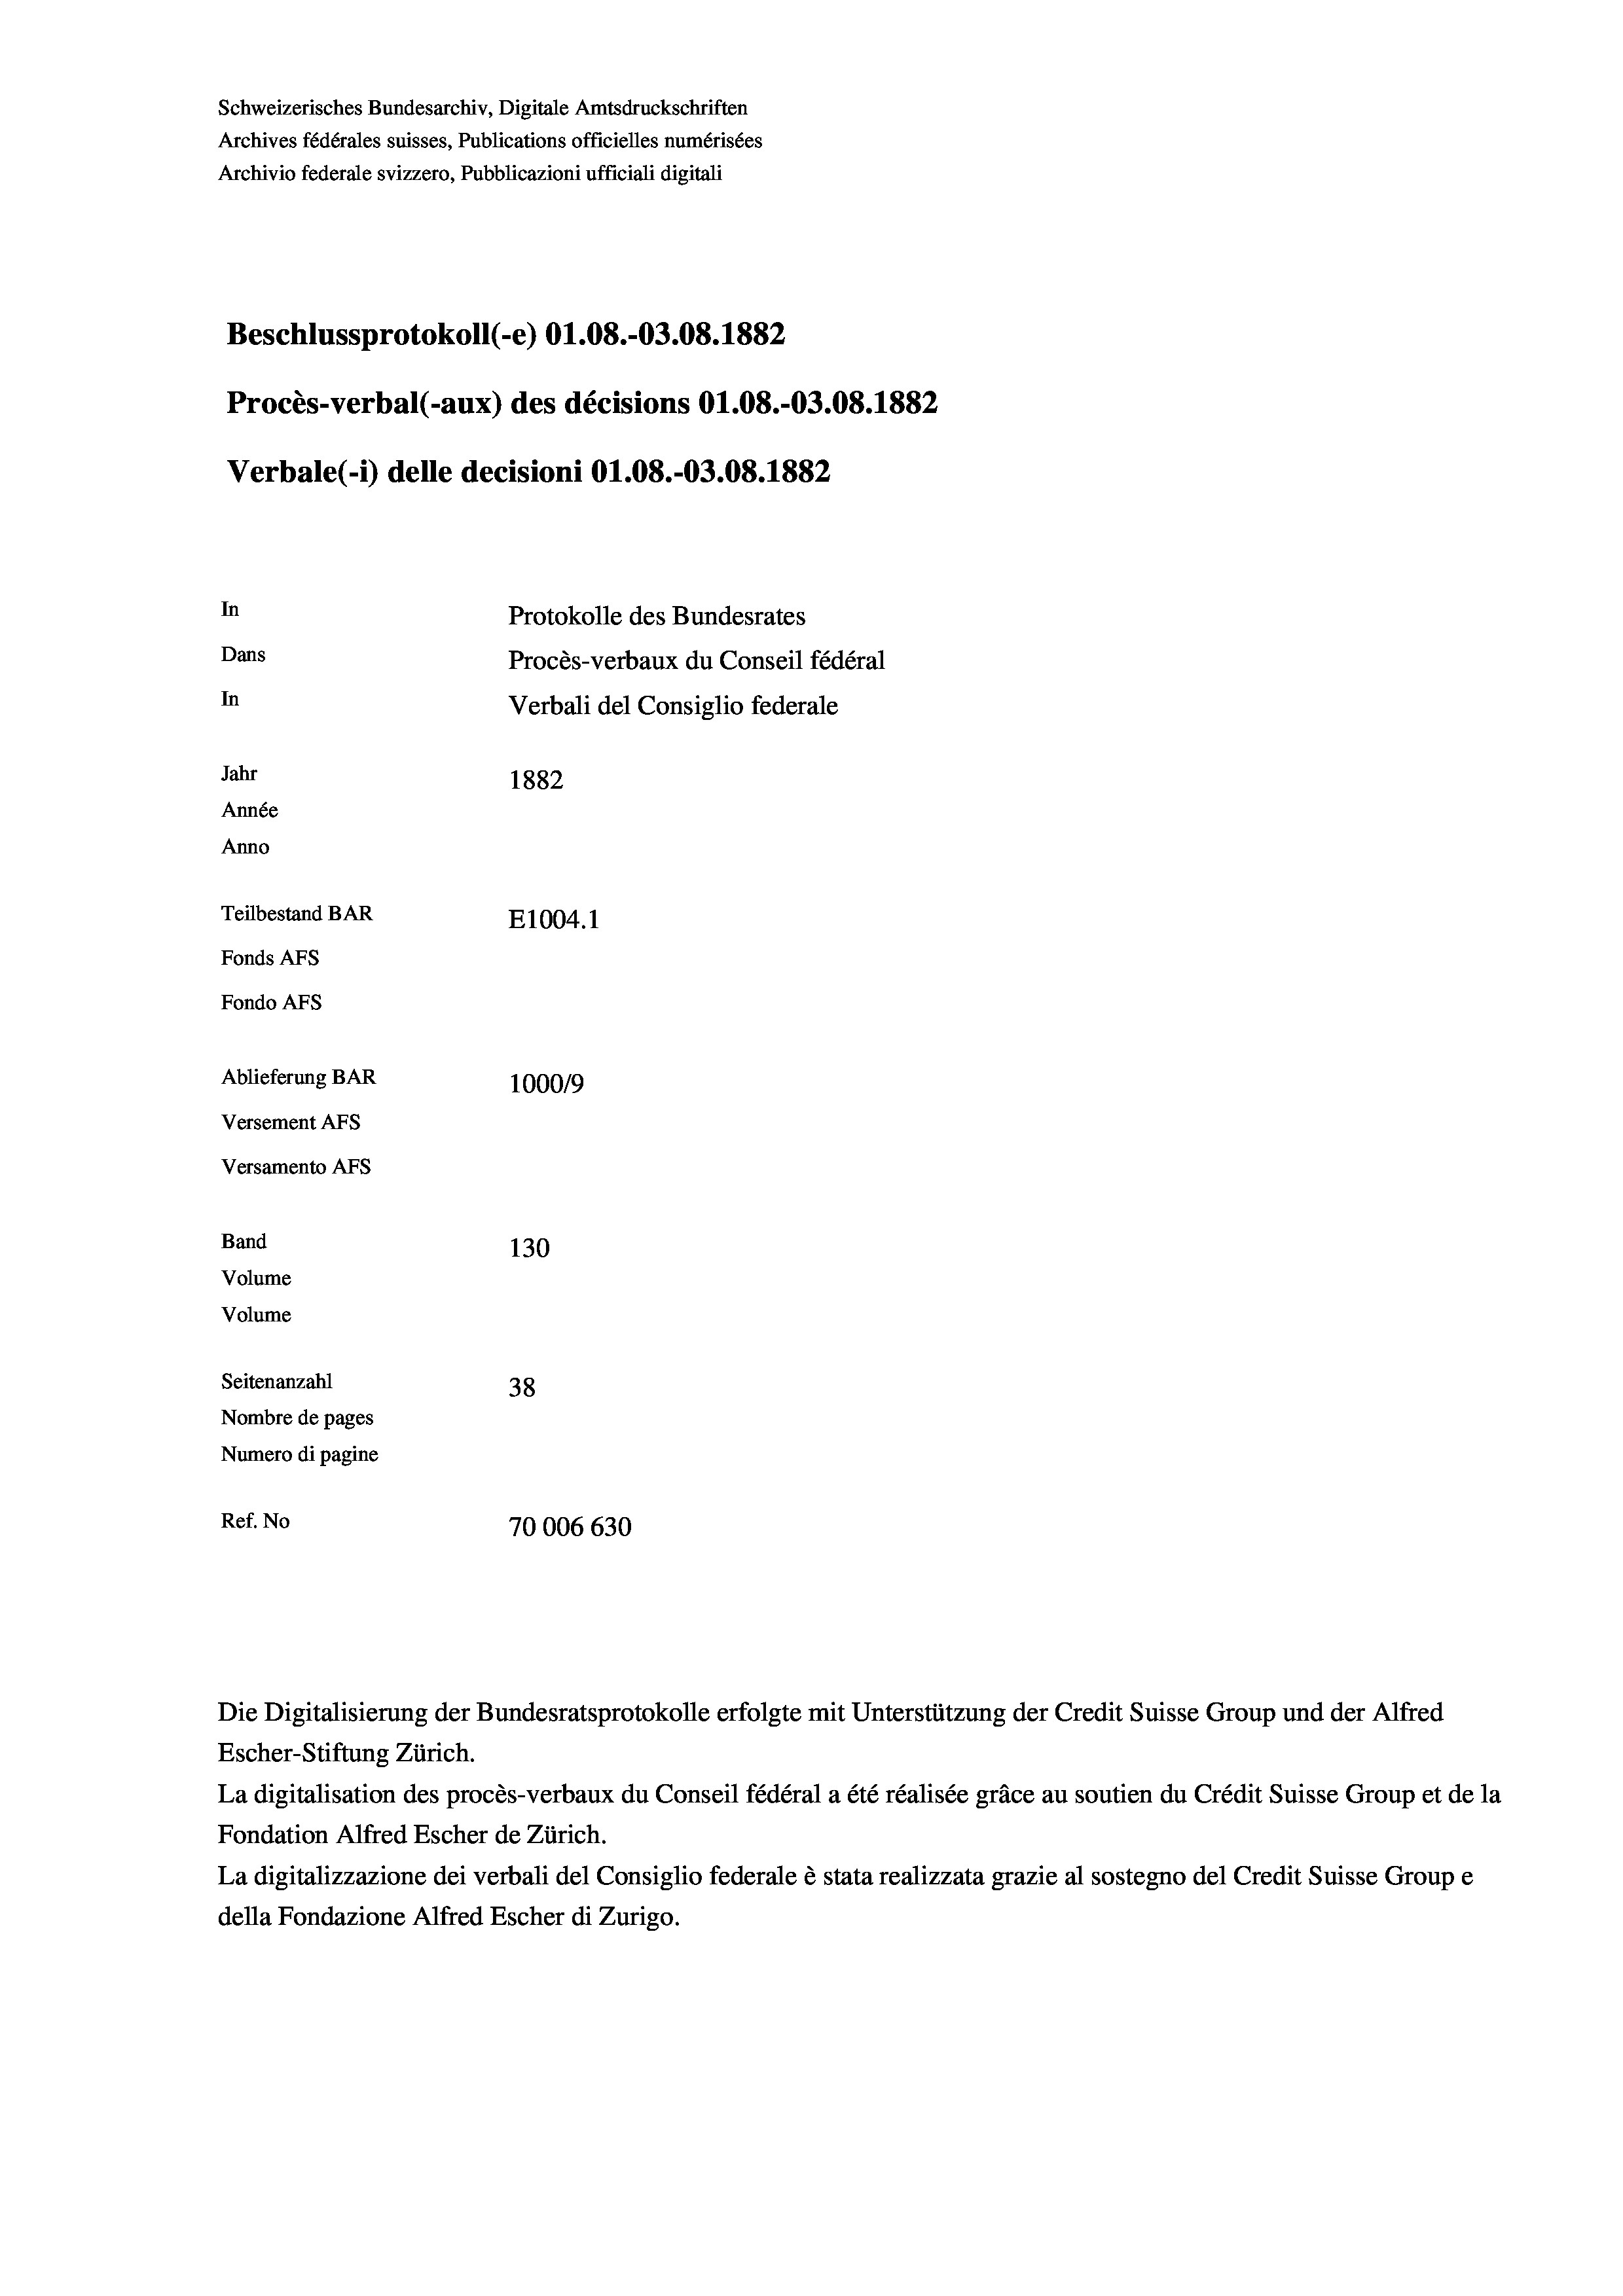
Schweizerisches Bundesarchiv, Digitale Amtsdruckschriften
Archives fédérales suisses, Publications officielles numérisées
Archivio federale svizzero, Pubblicazioni ufficiali digitali
Beschlussprotokoll (-e) O1.08.-03.08. 1882
Procès-verbal (-aux) des décisions O1.08.-03.08. 1882
Verbale(-*) delle decisioni O1.08.-03.08. 1882
In
Protokolle des Bundesrates
Dans
Procès-verbaux du Conseil fédéral
In
Verbali del Consiglio federale
Jahr
1882
Année
Anno
Teilbestand BAR
E1004. 1
Fonds AFs
Fondo AFS
Ablieferung BAR
100019
Versement AFs
Versamento Afs
Band
130
Volume
Volume
Seitenanzahl
38
Nombre de pages
Numero di pagine
Ref. No
70006 630

Die Digitalisierung der Bundesratsprotokolle erfolgte mit Unterstützung der Credit Suisse Group und der Alfred
Escher-Stiftung Zürich.
La digitalisation des procès-verbaux du Conseil fédéral a été réalisée gräce au soutien du Crédit Suisse Group et de la
Fondation Alfred Escher de Zürich.
La digitalizzazione dei verbali del Consiglio federale è stata realizzata grazie al sostegno del Credit Suisse Groupe
della Fondazione Alfred Escher di Zurigo.